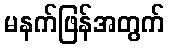
မနက်ဖြန်အတွက်